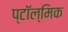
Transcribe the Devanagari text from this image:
प्टॉल्मिक